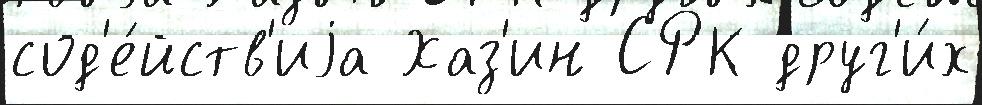
сод'е́йств'иjа Хаз'ин СРК друг'и́х